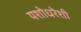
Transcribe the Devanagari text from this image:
यशोधरेशी